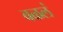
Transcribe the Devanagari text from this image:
वळलं